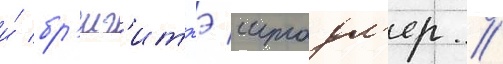
и́ бр'иг'иттэ штадл'ер //